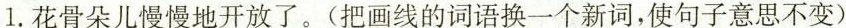
1.花骨朵儿慢慢地开放了。(把画线的词语换一个新词，使句子意思不变)